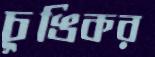
চুঙিকর